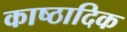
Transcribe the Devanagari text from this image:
काष्‍ठादिक